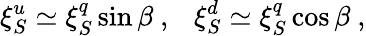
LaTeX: \xi_{S}^{u}\simeq\xi_{S}^{q}\sin\beta\ ,\ \ \ \xi_{S}^{d}\simeq\xi_{S}^{q}\cos\beta\ ,